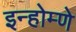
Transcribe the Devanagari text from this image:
इन्होम्णे